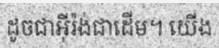
ដូចជាអ៊ីរ៉ង់ជាដើម។ យើង